Report on the nature of kala-azar
Disease focus: Kala-Azar
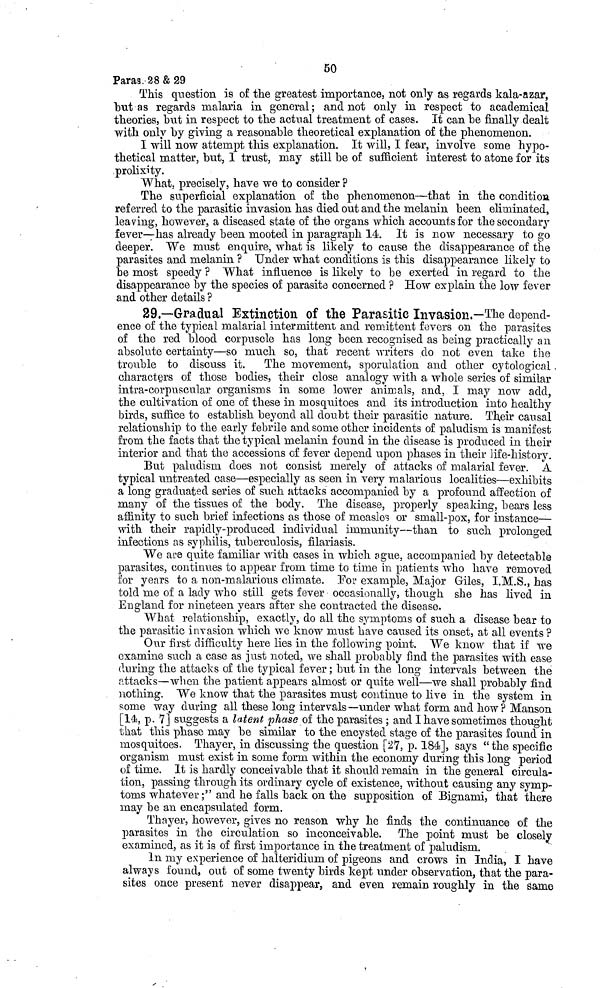
50
Paras. 28 & 29
This question is of the greatest importance, not only as regards kala-azar,
but as regards malaria in general ; and not only in respect to academical
theories, but in respect to the actual treatment of cases. It can be finally dealt
with only by giving a reasonable theoretical explanation of the phenomenon.
I will now attempt this explanation. It will, I fear, involve some hypo-
thetical matter, but, I trust, may still be of sufficient interest to atone for its
prolixity.
What, precisely, have we to consider ?
The superficial explanation of the phenomenon—that in the condition
referred to the parasitic invasion has died out and the melanin been eliminated,
leaving, however, a diseased state of the organs which accounts for the secondary
fever—has already been mooted in paragraph 14. It is now necessary to go
deeper. We must enquire, what is likely to cause the disappearance of the
parasites and melanin ? Under what conditions is this disappearance likely to
be most speedy ? What influence is likely to be exerted in regard to the
disappearance by the species of parasite concerned ? How explain the low fever
and other details ?
29.—Gradual Extinction of the Parasitic Invasion.—The depend-
ence of the typical malarial intermittent and remittent fevers on the parasites
of the red blood corpuscle has long been recognised as being practically an
absolute certainty—so much so, that recent writers do not even take the
trouble to discuss it.
The movement, sporulation and other cytological
characters of those bodies, their close analogy with a whole series of similar
intra-corpuscular organisms in some lower animals, and, I may now add,
the cultivation of one of these in mosquitoes and its introduction into healthy
birds, suffice to establish beyond all doubt their parasitic nature. Their causal
relationship to the early febrile and some other incidents of paludism is manifest
from the facts that the typical melanin found in the disease is produced in their
interior and that the accessions of fever depend upon phases in their life-history.
But paludism does not consist merely of attacks of malarial fever. A
typical untreated case—especially as seen in very malarious localities—exhibits
a long graduated series of such attacks accompanied by a profound affection of
many of the tissues of the body. The disease, properly speaking, bears less
affinity to such brief infections as those of measles or small-pox, for instance—
with their rapidly-produced individual immunity—than to such prolonged
infections as syphilis, tuberculosis, filariasis.
We are quite familiar with cases in which ague, accompanied by detectable
parasites, continues to appear from time to time in patients who have removed
for years to a non-malarious climate. For example, Major Giles, I.M.S., has
told me of a lady who still gets fever occasionally, though she has lived in
England for nineteen years after she contracted the disease.
What relationship, exactly, do all the symptoms of such a disease bear to
the parasitic invasion which we know must have caused its onset, at all events ?
Our first difficulty here lies in the following point. We know that if we
examine such a case as just noted, we shall probably find the parasites with ease
during the attacks of the typical fever ; but in the long intervals between the
attacks—when the patient appears almost or quite well—we shall probably find
nothing. We know that the parasites must continue to live in the system in
some way during all these long intervals —under what form and how ? Manson
[14, p. 7] suggests a latent phase of the parasites ; and I have sometimes thought
that this phase may be similar to the encysted stage of the parasites found in
mosquitoes. Thayer, in discussing the question [27, p. 184], says "the specific
organism must exist in some form within the economy during this long period
of time. It is hardly conceivable that it should remain in the general circula-
tion, passing through its ordinary cycle of existence, without causing any symp-
toms whatever;" and he falls back on the supposition of Bignami, that there
may be an encapsulated form.
Thayer, however, gives no reason why he finds the continuance of the
parasites in the circulation so inconceivable. The point must be closely
examined, as it is of first importance in the treatment of paludism.
In my experience of halteridium of pigeons and crows in India, I have
always found, out of some twenty birds kept under observation, that the para-
sites once present never disappear, and even remain roughly in the same